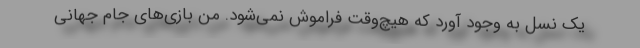
یک نسل به وجود آورد که هیچ‌وقت فراموش نمی‌شود. من بازی‌های جام جهانی